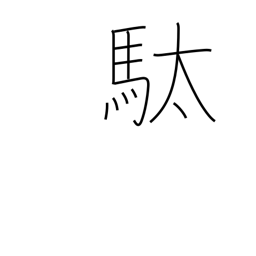
Meaning: pack horse